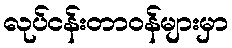
လုပ်ငန်းတာဝန်များမှာ